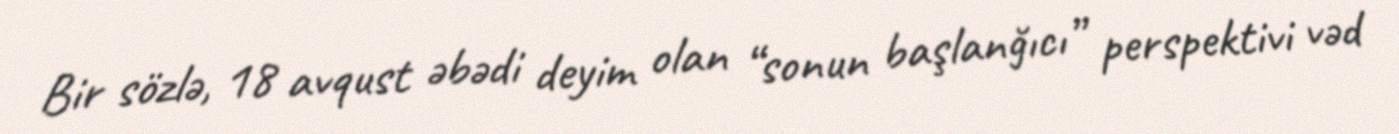
Bir sözlə, 18 avqust əbədi deyim olan “sonun başlanğıcı” perspektivi vəd